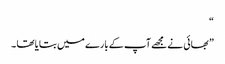
“
” بھائی نے مجھے آپ کے بارے میں بتایا تھا ۔